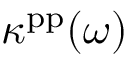
\kappa ^ { \mathrm { p p } } ( \omega )